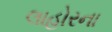
લાહોરના